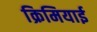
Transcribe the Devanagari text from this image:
क्रिमियाई